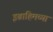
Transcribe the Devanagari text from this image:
इब्राहिमच्या